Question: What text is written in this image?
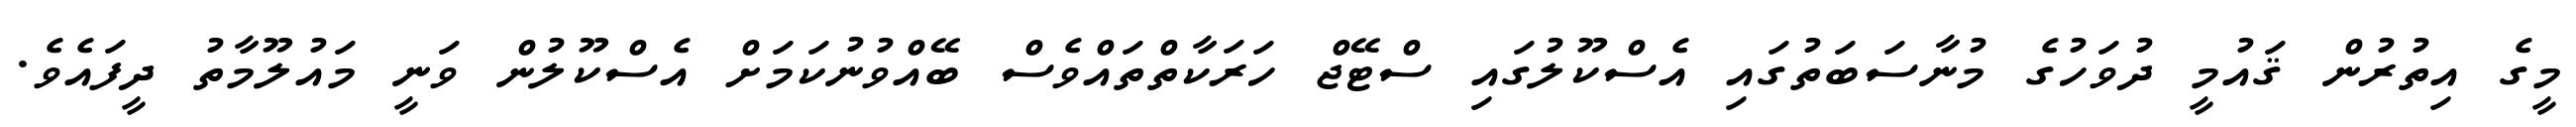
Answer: މީގެ އިތުރުން ޤައުމީ ދުވަހުގެ މުނާސަބަތުގައި އެސްކޫލުގައި ސްޓޭޖް ހަރަކާތްތައްވެސް ބޭއްވުނުކަމަށް އެސްކޫލުން ވަނީ މައުލޫމާތު ދީފައެވެ.